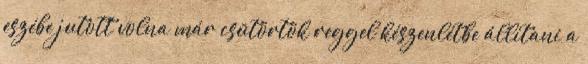
eszébe jutott volna már csütörtök reggel készenlétbe állítani a